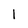
Character: l